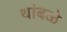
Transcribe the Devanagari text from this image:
थांबळे